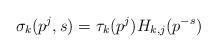
LaTeX: \begin{align*} \sigma_{k}(p^j,s) = \tau_{k}(p^j) H_{k,j}(p^{-s})\end{align*}